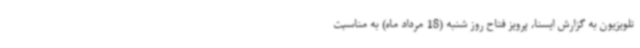
تلویزیون به گزارش ایسنا، پرویز فتاح روز شنبه (18 مرداد ماه) به مناسبت